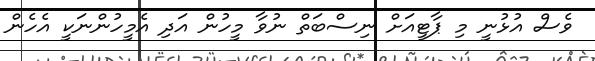
ވެސް އުޅުނީ މި ޕާޓީއަށް ނިސްބަތް ނުވާ މީހުން އަދި އެމީހުންނަކީ އެހެން